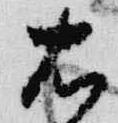
右